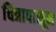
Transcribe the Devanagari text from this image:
चित्रापासून